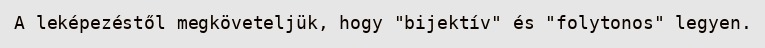
A leképezéstől megköveteljük, hogy "bijektív" és "folytonos" legyen.